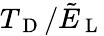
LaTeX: T_{\mathrm{~D~}}/\tilde{E}_{\mathrm{~L~}}